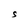
Character: S